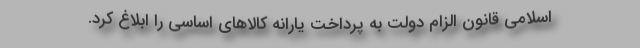
اسلامی قانون الزام دولت به پرداخت یارانه کالاهای اساسی را ابلاغ کرد.